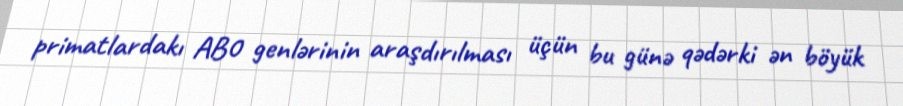
primatlardakı AB0 genlərinin araşdırılması üçün bu günə qədərki ən böyük